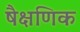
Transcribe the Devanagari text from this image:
षैक्षणिक